Civil Veterinary Department. United Provinces 1923-31 - 1923-1931
Year: 1923
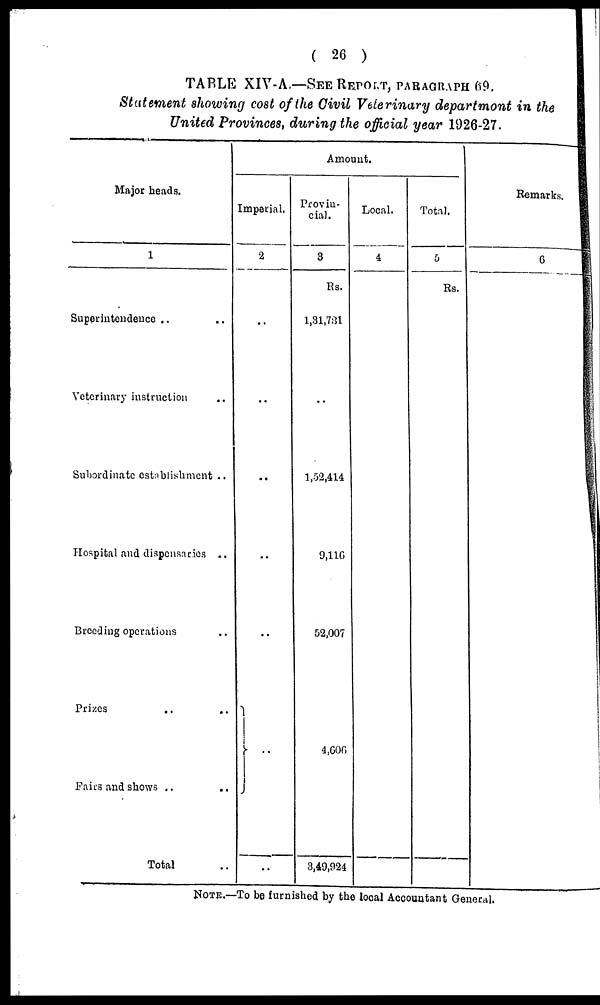
( 26 )
TABLE XIV-A. —SEE REPORT, PARAGRAPH 69.
Statement showing cost of the Civil Veterinary department in the
United Provinces, during the official year 1926-27.
Major heads.
1
Superintendence .. ..
Veterinary instruction ..
Subordinate establishment ..
Hospital and dispensaries ..
Breeding operations ..
Prizes .. ..
Fairs and shows ..
..
Total ..
Amount.
Imperial.
2
..
..
..
..
..
..
..
..
Provin-
cial.
8
Rs.
1,81,781
..
1,52,414
9,116
52,007
4,606
3,49,924
Local.
4
Total.
5
Rs.
Remarks.
6
NOTE.—To be furnished by the local Accountant General.